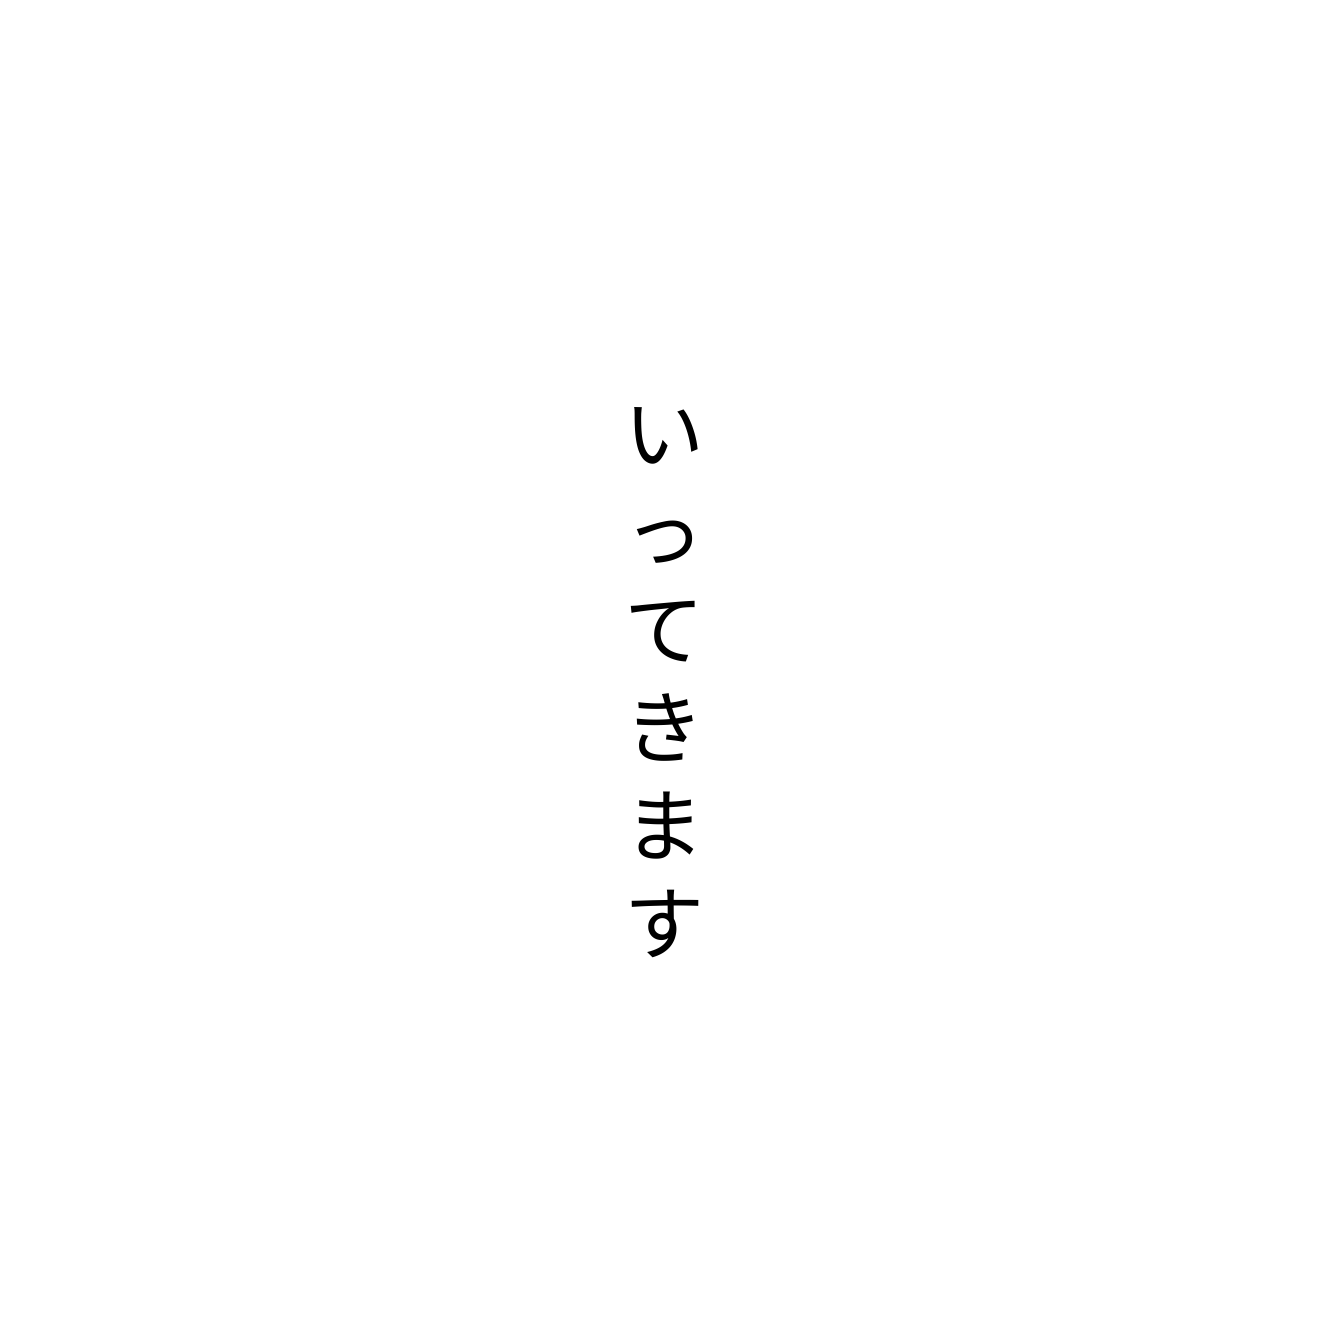
いってきます